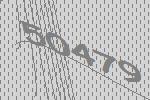
50479